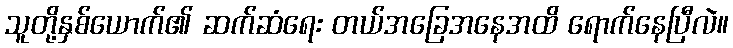
သူတို့နှစ်ယောက်၏ ဆက်ဆံရေး တယ်အခြေအနေအထိ ရောက်နေပြီလဲ။